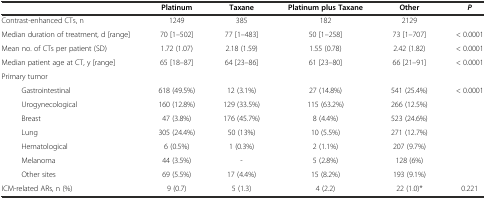
|  | Platinum | Taxane | Platinum plus Taxane | Other | P |
 | --- | --- | --- | --- | --- | --- |
 | Contrast-enhanced CTs, n | 1249 | 385 | 182 | 2129 |  |
 | Median duration of treatment, d [range] | 70 [1–502] | 77 [1–483] | 50 [1–258] | 73 [1–707] | < 0.0001 |
 | Mean no. of CTs per patient (SD) | 1.72 (1.07) | 2.18 (1.59) | 1.55 (0.78) | 2.42 (1.82) | < 0.0001 |
 | Median patient age at CT, y [range] | 65 [18–87] | 64 [23–86] | 61 [23–80] | 66 [21–91] | < 0.0001 |
 | Primary tumor |  |  |  |  |  |
 | Gastrointestinal | 618 (49.5%) | 12 (3.1%) | 27 (14.8%) | 541 (25.4%) | < 0.0001 |
 | Urogynecological | 160 (12.8%) | 129 (33.5%) | 115 (63.2%) | 266 (12.5%) |  |
 | Breast | 47 (3.8%) | 176 (45.7%) | 8 (4.4%) | 523 (24.6%) |  |
 | Lung | 305 (24.4%) | 50 (13%) | 10 (5.5%) | 271 (12.7%) |  |
 | Hematological | 6 (0.5%) | 1 (0.3%) | 2 (1.1%) | 207 (9.7%) |  |
 | Melanoma | 44 (3.5%) | - | 5 (2.8%) | 128 (6%) |  |
 | Other sites | 69 (5.5%) | 17 (4.4%) | 15 (8.2%) | 193 (9.1%) |  |
 | ICM-related ARs, n (%) | 9 (0.7) | 5 (1.3) | 4 (2.2) | 22 (1.0)* | 0.221 |